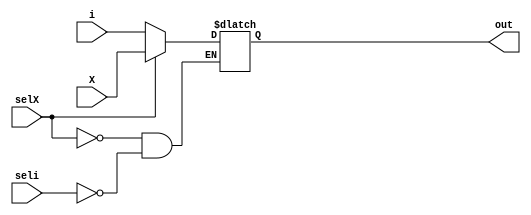
`timescale 1ns/1ns

module MUX(input selX, seli, input [15:0] i, X, output reg [15:0] out);

	always @(*) begin
		if (selX) out <= X;
		else if (seli) out <= i;
	end
	
	
endmodule